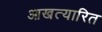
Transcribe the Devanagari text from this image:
आखत्यारित